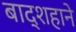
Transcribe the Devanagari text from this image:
बाद्शहाने